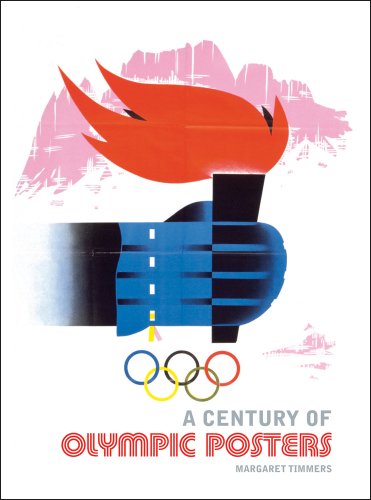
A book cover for A Century of Olympic Posters; Margaret Timmers; Sports & Outdoors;